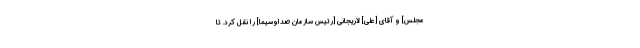
مجلس] و آقاى [علی] لاریجانى [رئیس سازمان صداوسیما] را نقل كرد. تا